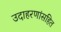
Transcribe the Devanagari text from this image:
उदाहरणांसहित